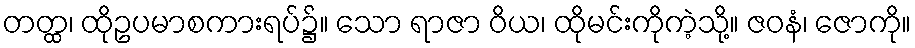
တတ္ထ၊ ထိုဥပမာစကားရပ်၌။ သော ရာဇာ ဝိယ၊ ထိုမင်းကိုကဲ့သို့။ ဇဝနံ၊ ဇောကို။